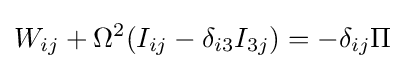
W_{ij}+\Omega ^{2}(I_{ij}-\delta _{i3}I_{3j})=-\delta _{ij}\Pi